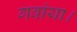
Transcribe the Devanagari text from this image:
गवांया।